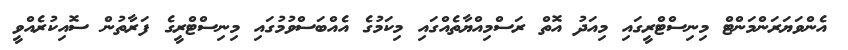
އެންވަޔަރަންމަންޓް މިނިސްޓްރީގައި މިއަދު އޮތް ރަސްމިއްޔާތެއްގައި މިކަމުގެ އެއްބަސްވުމުގައި މިނިސްޓްރީގެ ފަރާތުން ސޮއިކުރެއްވީ